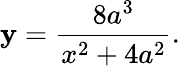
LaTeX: \mathbf{y}={\frac{{8a^{3}}}{{x^{2}+4a^{2}}}}.